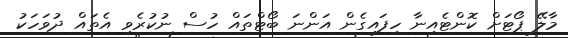
މާލޭ ޕޯޓަށް ކޮންޓެއިނާ ހިފައިގެން އަންނަ ބޯޓްތައް ހުސް ނުކުރެވި އެތައް ދުވަހަކު